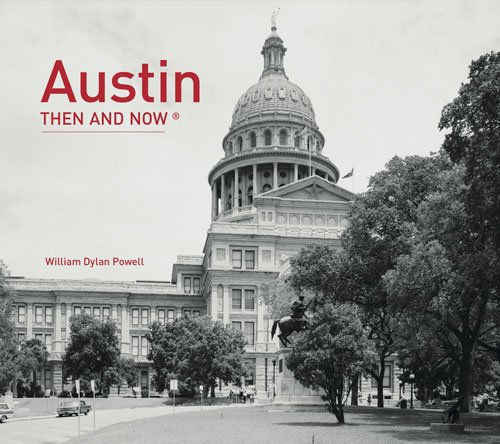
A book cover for Austin: Then and NowÂ®; William Dylan Powell; Travel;